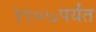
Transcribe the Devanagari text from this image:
१९०७पर्यंत